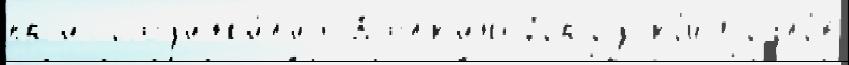
пр'исоjед'ин'и́л'ись Б'елк'ина Городско́й Козло́в